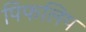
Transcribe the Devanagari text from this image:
पिफलिप